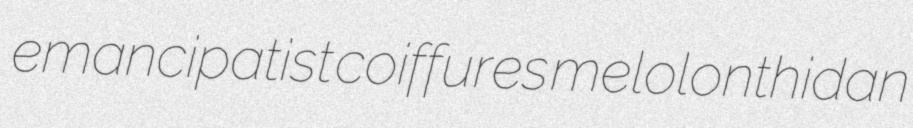
emancipatist coiffures melolonthidan